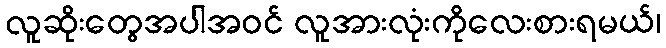
လူဆိုးတွေအပါအဝင် လူအားလုံးကိုလေးစားရမယ်၊